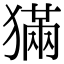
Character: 𤡁